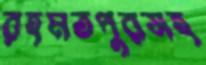
রহমতপুরসহ